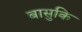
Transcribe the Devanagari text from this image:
बासुकि